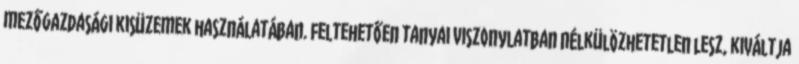
mezőgazdasági kisüzemek használatában. Feltehetően tanyai viszonylatban nélkülözhetetlen lesz, kiváltja